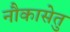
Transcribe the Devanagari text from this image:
नौकासेतु